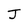
Character: J